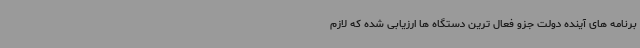
برنامه های آینده دولت جزو فعال ترین دستگاه ها ارزیابی شده که لازم